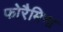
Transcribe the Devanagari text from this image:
फोरैमिना